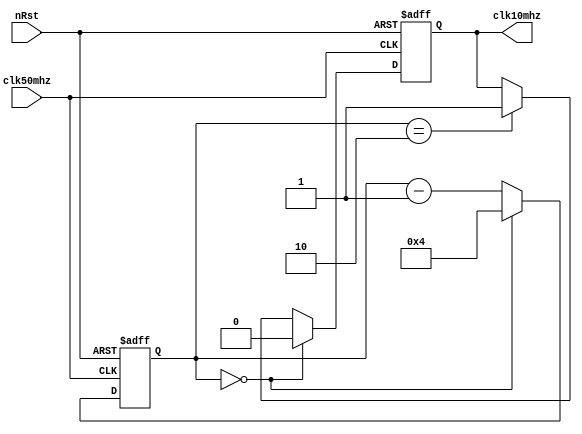
module clkGen_50Mhz_to_10Mhz(
    clk10mhz, // generated : 10Mhz
    nRst,
    clk50mhz

);

output  reg                 clk10mhz ;	
input   wire                nRst;		
input   wire                clk50mhz;

reg     [3:0]               cnt ;	

always @ (negedge clk50mhz or negedge nRst) begin
    if(!nRst) begin
        cnt                 <= 4'd4 ;
        clk10mhz            <= 1'b0 ;
    end
    else begin
        if ( cnt == 4'd0 ) begin
            cnt             <= 4'd4 ;
            clk10mhz        <= 1'b0 ;
        end 
        else begin
            if ( cnt == 4'd2 ) begin
                clk10mhz    <= 1'b1 ;
            end 
            cnt             <= cnt - 4'd1 ;
        end
    end
end

endmodule